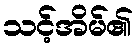
သင့်အိမ်၏